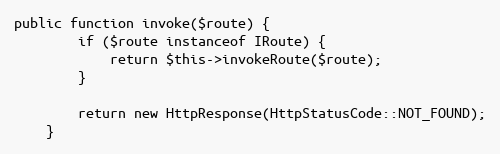
Language: PHP
public function invoke($route) {
        if ($route instanceof IRoute) {
            return $this->invokeRoute($route);
        }

        return new HttpResponse(HttpStatusCode::NOT_FOUND);
    }